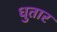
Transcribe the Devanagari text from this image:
धुतार